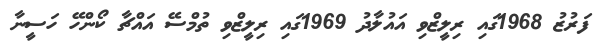
ފަރުޒު 1968ގައި ރިލީޒްވި އައުލާދު 1969ގައި ރިލީޒްވި ތުމްސޭ އައްޗާ ކޯންހޭ ހަސީނާ